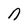
Character: n